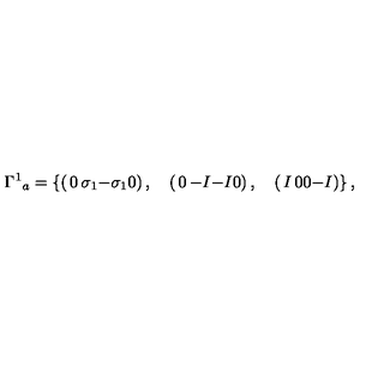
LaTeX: { \Gamma ^ { 1 } } _ { a } = \left\{ \left( \begin{matrix} { 0 } & { \sigma _ { 1 } } \\ { - \sigma _ { 1 } } & { 0 } \\ \end{matrix} \right) , \quad \left( \begin{matrix} { 0 } & { - I } \\ { - I } & { 0 } \\ \end{matrix} \right) , \quad \left( \begin{matrix} { I } & { 0 } \\ { 0 } & { - I } \\ \end{matrix} \right) \right\} ,